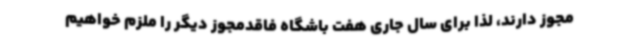
مجوز دارند، لذا برای سال جاری هفت باشگاه فاقدمجوز دیگر را ملزم خواهیم